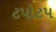
ટપોટપ